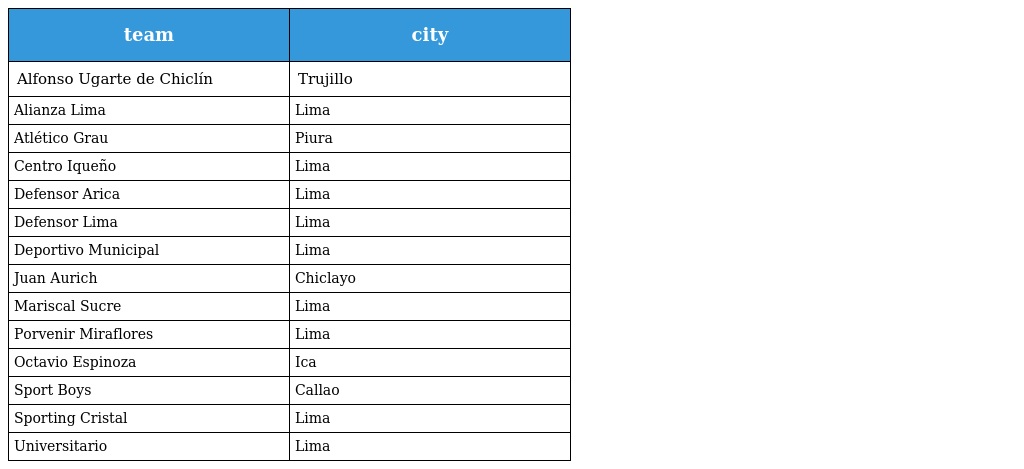
| team | city |
 | --- | --- |
 | Alfonso Ugarte de Chiclín | Trujillo |
 | Alianza Lima | Lima |
 | Atlético Grau | Piura |
 | Centro Iqueño | Lima |
 | Defensor Arica | Lima |
 | Defensor Lima | Lima |
 | Deportivo Municipal | Lima |
 | Juan Aurich | Chiclayo |
 | Mariscal Sucre | Lima |
 | Porvenir Miraflores | Lima |
 | Octavio Espinoza | Ica |
 | Sport Boys | Callao |
 | Sporting Cristal | Lima |
 | Universitario | Lima |